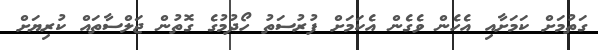
ގަތުމަށް ކަމަށާއި އެހެން ވެގެން އެކަމަށް ފުރުސަތު ހޯދުމުގެ ގޮތުން ޖަލްސާތައް ކުރިޔަށް